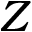
Z